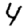
Digit: 4